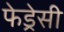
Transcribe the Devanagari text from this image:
फेड्रेसी